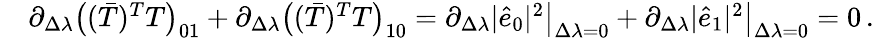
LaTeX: \begin{array}{rl}&{\partial_{\Delta\lambda}\big((\bar{T})^{T}T\big)_{01}+\partial_{\Delta\lambda}\big((\bar{T})^{T}T\big)_{10}=\partial_{\Delta\lambda}\vert\hat{e}_{0}\vert^{2}\big\rvert_{\Delta\lambda=0}+\partial_{\Delta\lambda}\vert\hat{e}_{1}\vert^{2}\big\rvert_{\Delta\lambda=0}=0\, .}\end{array}